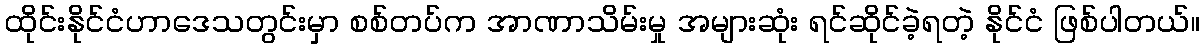
ထိုင်းနိုင်ငံဟာဒေသတွင်းမှာ စစ်တပ်က အာဏာသိမ်းမှု အများဆုံး ရင်ဆိုင်ခဲ့ရတဲ့ နိုင်ငံ ဖြစ်ပါတယ်။